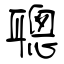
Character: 聰